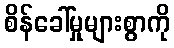
စိန်ခေါ်မှုများစွာကို